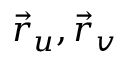
{ \vec { r } } _ { u } , { \vec { r } } _ { v }